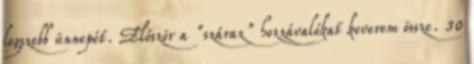
legszebb ünnepét. Először a "száraz" hozzávalókat keverem össze. 30